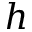
h